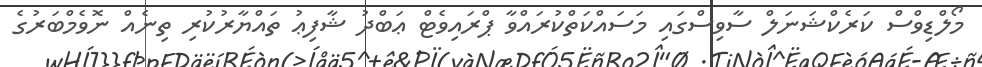
މޯލްޑިވްސް ކަރެކްޝަނަލް ސާވިސްގައި މަސައްކަތްކުރައްވާ ޕްރައިވެޓް ޢަބްދު ޝާފިޢު ތައްޔާރުކުރި ތިނެއް ނޮވެމްބަރުގެ